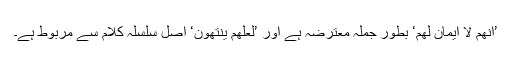
’اِنَّھُمْ لَا اَیْمَانَ لَھُمْ‘ بطور جملہ معترضہ ہے اور ’لَعَلَّھُمْ یَنْتَھُوْنَ‘ اصل سلسلہ کلام سے مربوط ہے۔